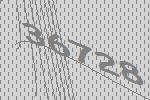
36728